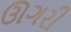
ઊગરી